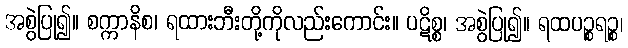
အစွဲပြု၍။ စက္ကာနိစ၊ ရထားဘီးတို့ကိုလည်းကောင်း။ ပဋိစ္စ၊ အစွဲပြု၍။ ရထပဉ္စရဉ္စ၊